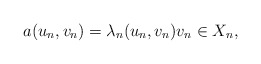
\begin{align*}a(u_n, v_n)= \lambda_n (u_n,v_n) v_n \in X_n,\end{align*}